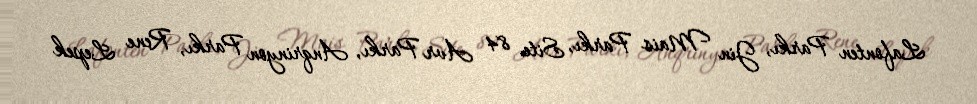
Lafonten Parkı, Jin Mais Parkı, Site 84 Avr Parkı, Anqrinyon Parkı, Rene Lepek